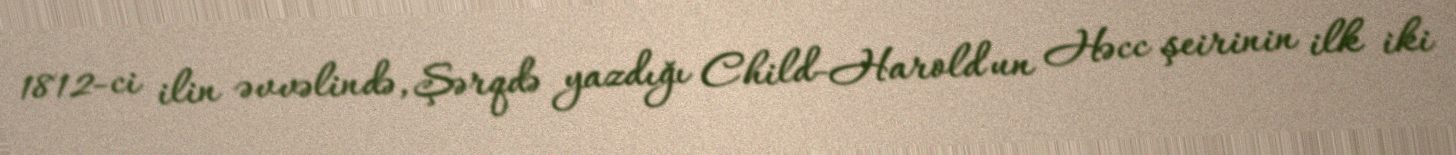
1812-ci ilin əvvəlində, Şərqdə yazdığı Child-Harold'un Həcc şeirinin ilk iki